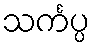
သင်္ကပ္ပ